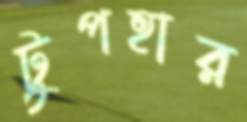
টুপহার